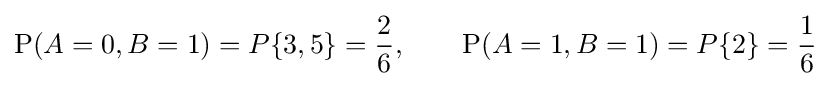
\mathrm {P} (A=0,B=1)=P\{3,5\}={\frac {2}{6}},\quad \quad \mathrm {P} (A=1,B=1)=P\{2\}={\frac {1}{6}}